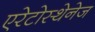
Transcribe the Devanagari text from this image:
एरेटोस्थेनेज